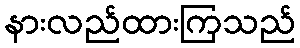
နားလည်ထားကြသည်